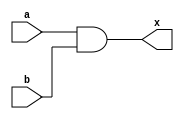
// -------------------------
// Exercicio 0009 
// Nome: Miller 
// -------------------------
// --------AND 3/2 ---------

// FAVOR NAO DEIXAR ESPACO EM BRANCO NO NOME DO ARQUIVO

// VER SUGESTAO NO PROXIMO EXERCICIO

module inicio(output x, input a, input b);
assign x = a&b;
endmodule

module final(output w, input j, input k);
assign w = j&k;
endmodule // -- Neste modulo um dos parametros sera o resultado do modulo anterior.

module variaveis;
reg r, s, t;
wire p, q;

inicio primeiro(p, r, s);
initial begin:start
r=0; s=0;
end

final segundo(q, p, t);
initial begin:starttwo
t=0;
end

initial begin

$display("MILLER - 449048");
$display("AND com 3 entradas, utilizando 2 portas de 2 entradas.");
$display(" ");
$monitor("( %b & %b & %b = %b )", r, s, t, q);

#1 
#1 r=1;
#1 r=1; s=1;
#1 r=0; s=0; t=1;
#1 s=1;
#1 t=0;
#1 r=1; t=1;
#1 r=1; s=1; t=1;

end
endmodule
// -- fim do aplicativo.